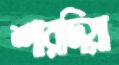
শারদিয়া